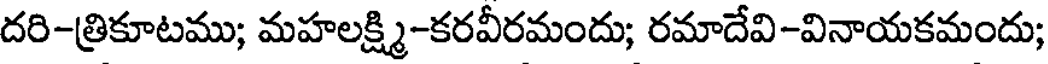
దరి-త్రికూటము; మహలక్ష్మి-కరవీరమందు; రమాదేవి-వినాయకమందు;